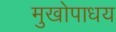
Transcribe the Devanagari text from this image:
मुखोपाधय